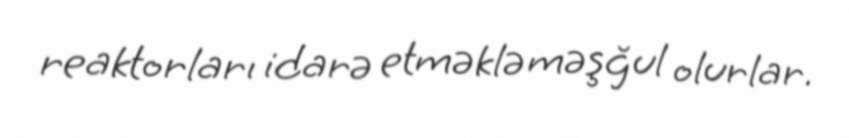
reaktorları idarə etməklə məşğul olurlar.